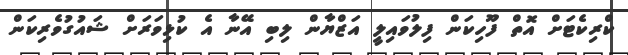
ކްރިކެޓަށް އޮތް ފޫހިކަން ފިލުވައިލީ އަޒްޔާން ލިބި އޭނާ އެ ކުޅިވަރަށް ޝައުގުވެރިކަން